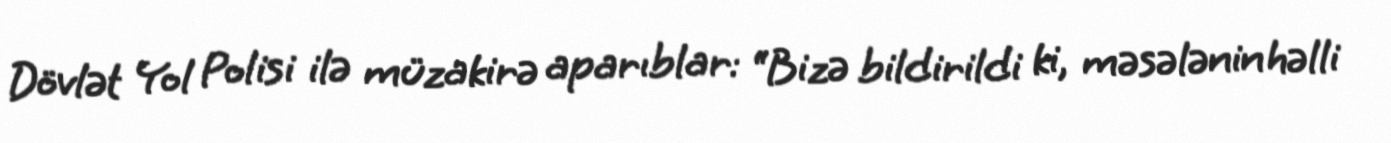
Dövlət Yol Polisi ilə müzakirə aparıblar: “Bizə bildirildi ki, məsələnin həlli